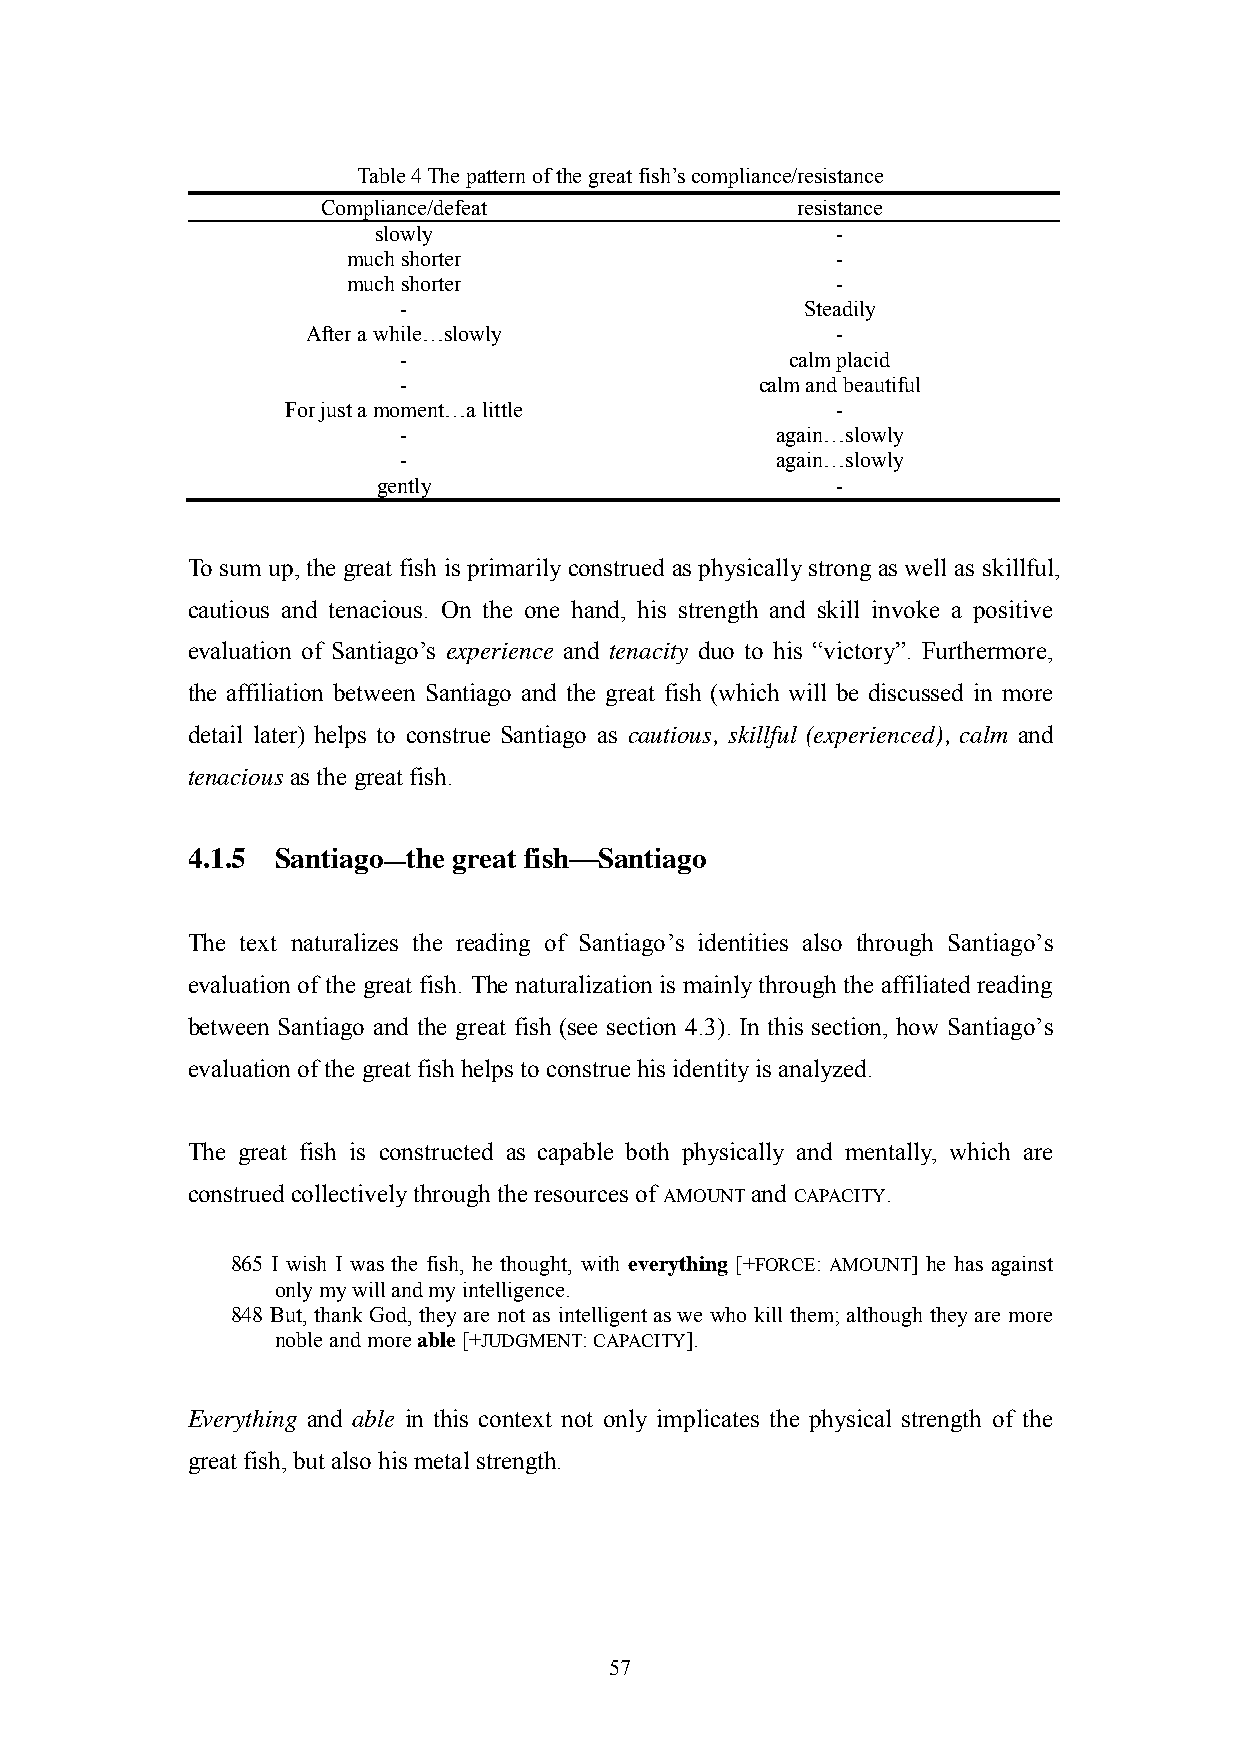
Table 4 The pattern of the great fish‘s compliance/resistance
 Compliance/defeat               resistance
 slowly                        -
 much shorter                    -
 much shorter                    -
 -                          Steadily
 After a while…slowly               -
 -                         calm placid
 -                       calm and beautiful
 For just a moment…a little          -
 -                        again…slowly
 -                        again…slowly
 gently                        -
 To sum up, the great fish is primarily construed as physically strong as well as skillful,
 cautious and tenacious. On the one hand, his strength and skill invoke a positive
 evaluation of Santiago‘s experience and tenacity duo to his ―victory‖. Furthermore,
 the affiliation between Santiago and the great fish (which will be discussed in more
 detail later) helps to construe Santiago as cautious, skillful (experienced), calm and
 tenacious as the great fish.
 4.1.5 Santiago—the great fish—Santiago
 The text naturalizes the reading of Santiago‘s identities also through Santiago‘s
 evaluation of the great fish. The naturalization is mainly through the affiliated reading
 between Santiago and the great fish (see section 4.3). In this section, how Santiago‘s
 evaluation of the great fish helps to construe his identity is analyzed.
 The great fish is constructed as capable both physically and mentally, which are
 construed collectively through the resources of AMOUNT and CAPACITY.
 865 I wish I was the fish, he thought, with everything [+FORCE: AMOUNT] he has against
 only my will and my intelligence.
 848 But, thank God, they are not as intelligent as we who kill them; although they are more
 noble and more able [+JUDGMENT: CAPACITY].
 Everything and able in this context not only implicates the physical strength of the
 great fish, but also his metal strength.
 57